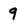
Character: q